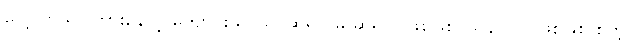
လေ့လာသင်ကြားနေတဲ့ ကျောင်းသူ/သူ၊ ဆရာ/မ ဆိုရင်ပဲဖြစ်ဖြစ်၊ သူနာပြုပဲ ဖြစ်ဖြစ် စတဲ့